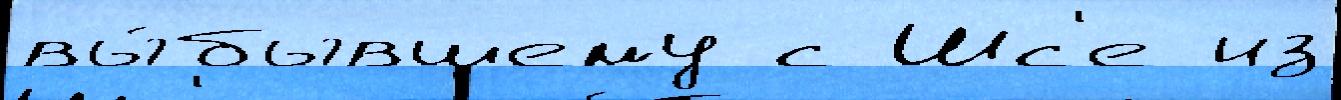
вы́бывшему с Шс'е из